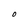
Character: O